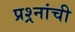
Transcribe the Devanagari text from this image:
प्रश्र्नांची